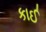
કાઈ